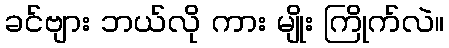
ခင်ဗျား ဘယ်လို ကား မျိုး ကြိုက်လဲ။